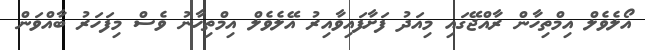
އޯލެވެލް އިމްތިހާން ރާއްޖޭގައި މިއަދު ފަށާފައިވާއިރު އޭލެވެލް އިމްތިހާނު ވެސް މިފަހަރު ބާއްވަން